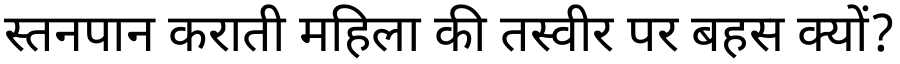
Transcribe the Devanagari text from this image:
स्तनपान कराती महिला की तस्वीर पर बहस क्यों?